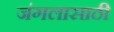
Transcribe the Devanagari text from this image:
जंगलासाठी